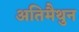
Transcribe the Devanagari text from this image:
अतिमैथुन